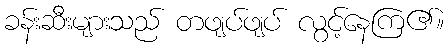
ခန်းဆီးများသည် တဖျပ်ဖျပ် လွင့်နေကြ၏။